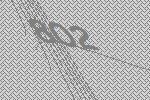
802